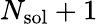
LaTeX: N_{\mathrm{sol}}+1